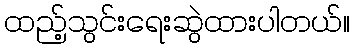
ထည့်သွင်းရေးဆွဲထားပါတယ်။